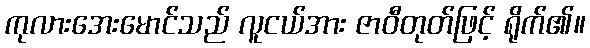
ကုလားအေးမောင်သည် လူငယ်အား ဇာဝီတုတ်ဖြင့် ရိုက်၏။